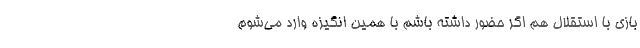
بازی با استقلال هم اگر حضور داشته باشم با همین انگیزه وارد می‌شوم